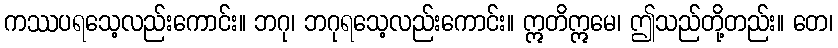
ကဿပရသေ့လည်းကောင်း။ ဘဂု၊ ဘဂုရသေ့လည်းကောင်း။ ဣတိဣမေ၊ ဤသည်တို့တည်း။ တေ၊